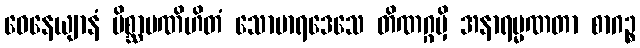
ဝေနေယျာနံ မိစ္ဆာပဏိဟိတံ သောမာရဒေသေ တိဏဂ္ဂမှိ အနာရမ္မဏတာ စာဂဉ္စ